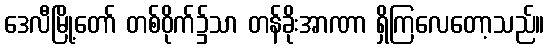
ဒေလီမြို့တော် တစ်ဝိုက်၌သာ တန်ခိုးအာဏာ ရှိကြလေတော့သည်။